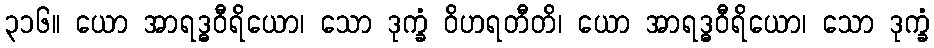
၃၁၆။ ယော အာရဒ္ဓဝီရိယော၊ သော ဒုက္ခံ ဝိဟရတီတိ၊ ယော အာရဒ္ဓဝီရိယော၊ သော ဒုက္ခံ